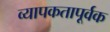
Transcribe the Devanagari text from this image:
व्यापकतापूर्वक